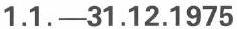
1.1.-31.12.1975